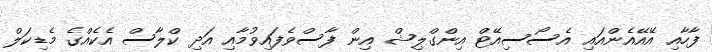
ފާހާއި އޭއޭއެންއައި އެސޯސިއޭޓް އިންގްލިޝް އިން ފާސްވެފައިވުމާއި އަދި ކްލާސް އެކެއްގެ މެޑިކަލް